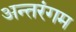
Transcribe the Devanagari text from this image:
अन्तरंगम